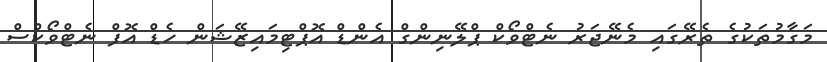
މަގާމުތަކުގެ ތެރޭގައި މެނޭޖަރު ނެޓްވޯކް ޕްލޭނިންގް އެންޑް އޮޕްޓިމައިޒޭޝަން ހެޑް އޮފް ނެޓްވޯކްސް